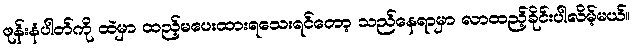
ဖုန်းနံပါတ်ကို ထဲမှာ ထည့်မပေးထားရသေးရင်တော့ သည်နေရာမှာ လာထည့်ခိုင်းပါလိမ့်မယ်။